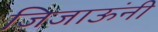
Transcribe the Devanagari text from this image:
जिजाऊंनी